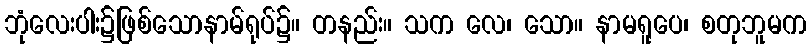
ဘုံလေးပါး၌ဖြစ်သောနာမ်ရုပ်၌။ တနည်း။ သက လေ၊ သော။ နာမရူပေ၊ စတုဘူမက